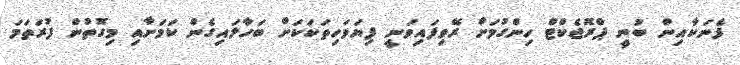
ފެނަކާއިން ބުނީ ޕްރޮޖެކްޓް ހިންގުމަށް ރޭވިފައިވަނީ ފިޔަވަހިތަކަކަށް ބަހާލައިގެން ކަމަށާއި މިގޮތުން ފުރަތަމަ